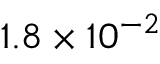
1 . 8 \times 1 0 ^ { - 2 }